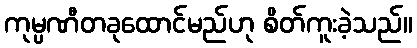
ကုမ္ပဏီတခုထောင်မည်ဟု စိတ်ကူးခဲ့သည်။